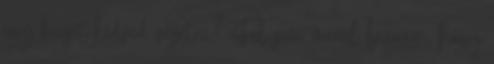
egy kicsit kedved vezetni? Fel sem merül bennem, hogy